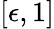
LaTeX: [\epsilon,1]